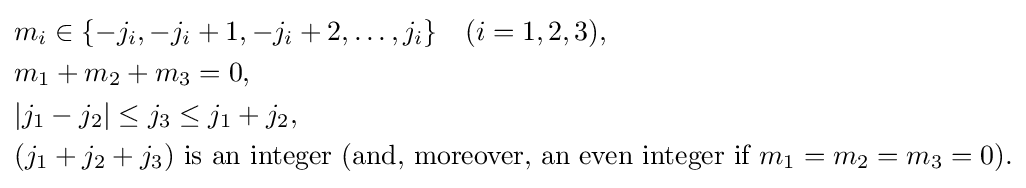
{\begin{aligned}&m_{i}\in \{-j_{i},-j_{i}+1,-j_{i}+2,\ldots ,j_{i}\}\quad (i=1,2,3),\\&m_{1}+m_{2}+m_{3}=0,\\&|j_{1}-j_{2}|\leq j_{3}\leq j_{1}+j_{2},\\&(j_{1}+j_{2}+j_{3}){\text{ is an integer (and, moreover, an even integer if }}m_{1}=m_{2}=m_{3}=0{\text{)}}.\\\end{aligned}}